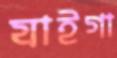
যাইগা